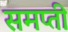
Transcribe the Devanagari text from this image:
समप्ती